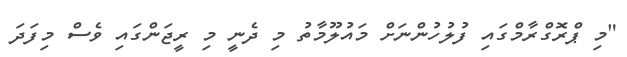
"މި ޕްރޮގްރާމްގައި ފުލުހުންނަށް މައުލޫމާތު މި ދެނީ މި ރީޖަންގައި ވެސް މިފަދަ